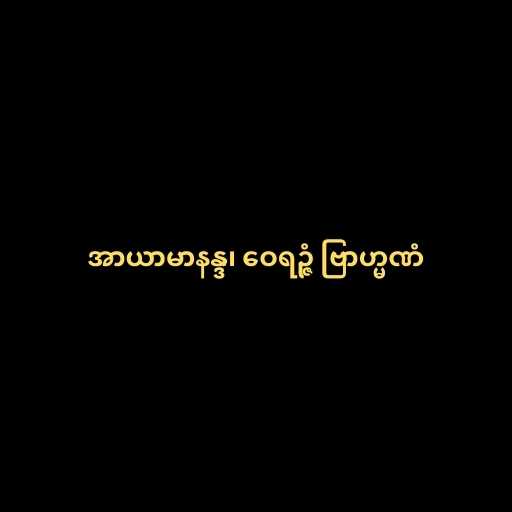
အာယာမာနန္ဒ၊ ဝေရဉ္ဇံ ဗြာဟ္မဏံ